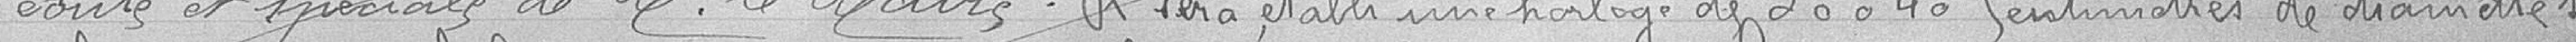
écrite et spéciale de M. le Maire. Il sera établi une horloge de 30 à 40 centimètres de diamètre dans